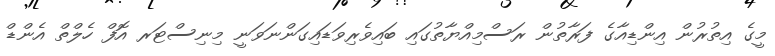
މީގެ އިތުރުން އިންޑިއާގެ ފަރާތުން ރަސްމިއްޔާތުގައި ބައިވެރިވަޑައިގަންނަވަނީ މިނިސްޓަރ އޮފް ހެލްތް އެންޑް